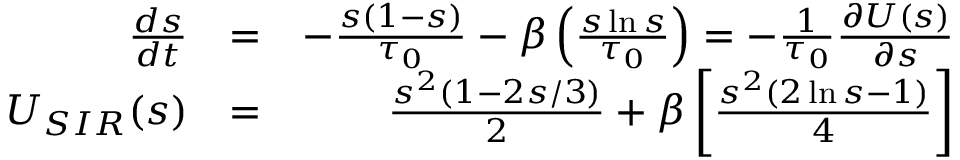
\begin{array} { r l r } { \frac { d { s } } { d t } } & { = } & { - \frac { { s } ( 1 - { s } ) } { \tau _ { 0 } } - \beta \left( \frac { s \ln { s } } { \tau _ { 0 } } \right) = - \frac { 1 } { \tau _ { 0 } } \frac { \partial U ( s ) } { \partial s } } \\ { U _ { S I R } ( s ) } & { = } & { \frac { s ^ { 2 } ( 1 - 2 s / 3 ) } { 2 } + \beta \left[ \frac { s ^ { 2 } ( 2 \ln { s } - 1 ) } { 4 } \right] } \end{array}